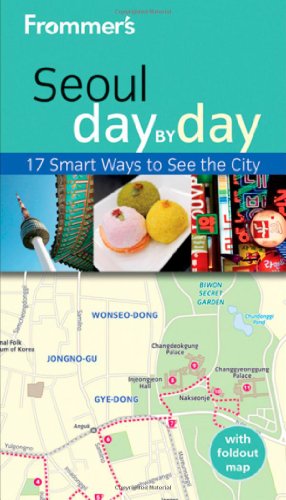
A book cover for Frommer's Seoul Day by Day (Frommer's Day by Day - Pocket); Cecilia Hae-Jin Lee; Travel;